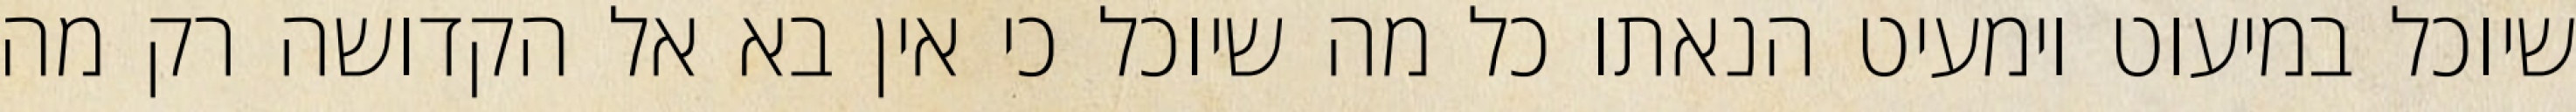
שיוכל במיעוט וימעיט הנאתו כל מה שיוכל כי אין בא אל הקדושה רק מה